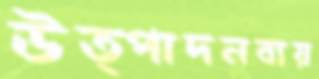
উত্পাদনব্যয়